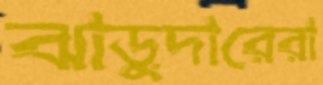
ঝাড়ুদারেরা